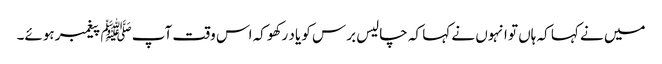
میں نے کہا کہ ہاں تو انہوں نے کہا کہ چالیس برس کو یاد رکھو کہ اس وقت آپﷺ پیغمبر ہوئے۔